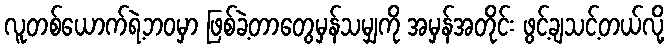
လူတစ်ယောက်ရဲ့ဘဝမှာ ဖြစ်ခဲ့တာတွေမှန်သမျှကို အမှန်အတိုင်း ဖွင့်ချသင့်တယ်လို့